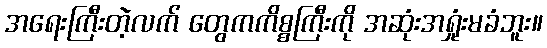
အရေးကြီးတဲ့လက် တွေကကိစ္စကြီးကို အဆုံးအရှုံးမခံဘူး။